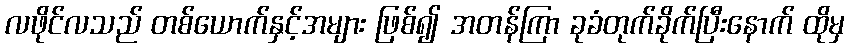
လဖိုင်လသည် တစ်ယောက်နှင့်အများ ဖြစ်၍ အတန်ကြာ ခုခံတုက်ခိုက်ပြီးနောက် ထိုမှ